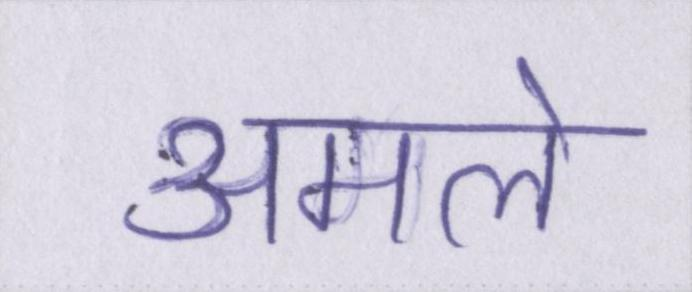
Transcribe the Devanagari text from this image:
अमले